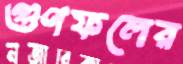
গুণফলের